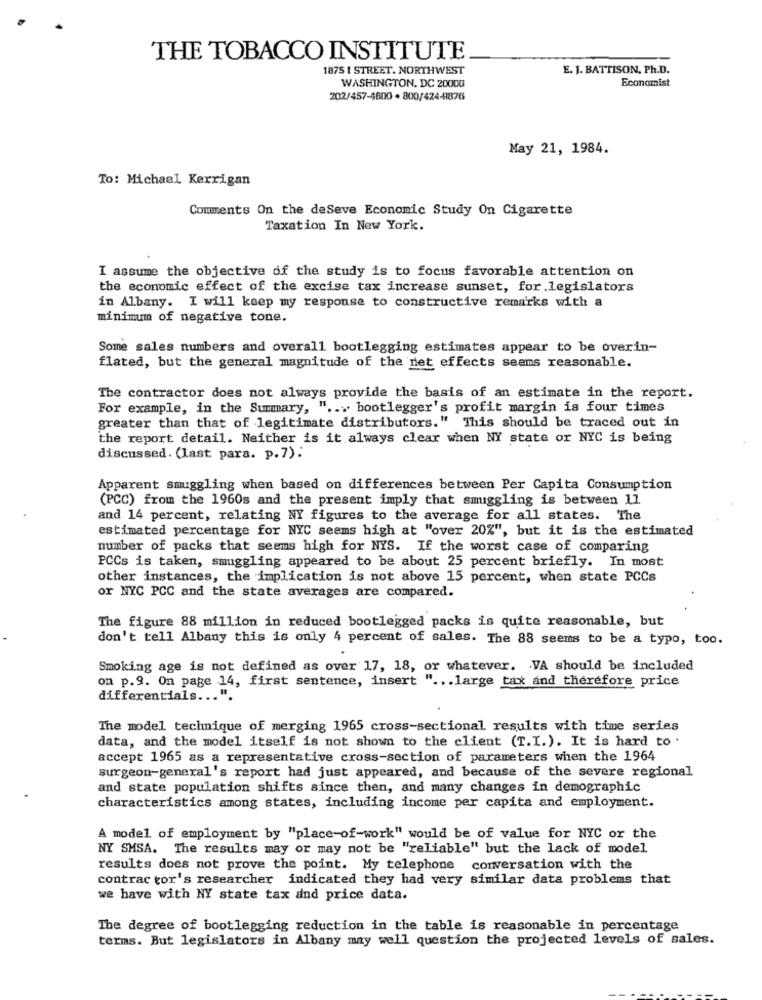
THE TOBACCO INSTITUTE
1875 1 STREET. NORTHWEST
E. J. BATTISON, Ph.D.
WASHINGTON, DC 20000
Economist
202/457-4800 · 800/424-9876
May 21, 1984.
To: Michael Kerrigan
Comments On the deSeve Economic Study On Cigarette
Taxation In New York.
I assume the objective of the study is to focus favorable attention on
the economic effect of the excise tax increase sunset, for legislators
in Albany. I will keep my response to constructive remarks with a
minimum of negative tone.
Some sales numbers and overall bootlegging estimates appear to be overin-
flated, but the general magnitude of the net effects seems reasonable.
The contractor does not always provide the basis of an estimate in the report.
For example, in the Summary, " ... bootlegger's profit margin is four times
greater than that of legitimate distributors." This should be traced out in
the report detail. Neither is it always clear when NY state or NYC is being
discussed. (last para. p.7).
Apparent smuggling when based on differences between Per Capita Consumption
(PCC) from the 1960s and the present imply that smuggling is between 11
and 14 percent, relating NY figures to the average for all states. The
estimated percentage for NYC seems high at "over 20%", but it is the estimated
number of packs that seems high for NYS. If the worst case of comparing
PCCs is taken, smuggling appeared to be about 25 percent briefly. In most
other instances, the implication is not above 15 percent, when state PCCs
or NYC PCC and the state averages are compared.
The figure 88 million in reduced bootlegged packs is quite reasonable, but
don't tell Albany this is only 4 percent of sales. The 88 seems to be a typo, too.
Smoking age is not defined as over 17, 18, or whatever. VA should be included
on p.9. On page 14, first sentence, insert " ... large tax and therefore price
differentials ... "
The model technique of merging 1965 cross-sectional results with time series
data, and the model itself is not shown to the client (T.I.). It is hard to .
accept 1965 as a representative cross-section of parameters when the 1964
surgeon-general's report had just appeared, and because of the severe regional
and state population shifts since then, and many changes in demographic
characteristics among states, including income per capita and employment.
A model of employment by "place-of-work" would be of value for NIC or the
NY SMSA. The results may or may not be "reliable" but the lack of model
results does not prove the point. My telephone conversation with the
contrac tor's researcher indicated they had very similar data problems that
we have with NY state tax and price data.
The degree of bootlegging reduction in the table is reasonable in percentage
terms. But legislators in Albany may well question the projected levels of sales.